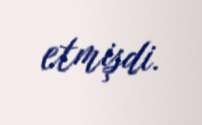
etmişdi.